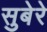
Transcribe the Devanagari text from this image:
सुबेरे